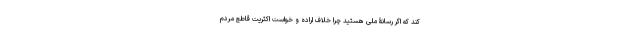
کند که اگر رسانۀ ملی هستید چرا خلاف اراده و خواست اکثریت قاطع مردم